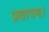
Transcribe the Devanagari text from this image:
प्रतापनः।